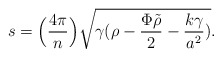
\begin{align*}s = \Big({4 \pi\over n}\Big) \sqrt {\gamma (\rho - {\Phi \tilde \rho\over2} - {k\gamma\over {a^2}})}.\end{align*}